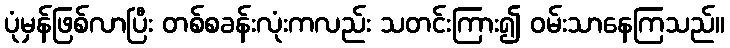
ပုံမှန်ဖြစ်လာပြီး တစ်စခန်းလုံးကလည်း သတင်းကြား၍ ဝမ်းသာနေကြသည်။